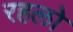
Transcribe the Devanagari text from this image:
रहलो